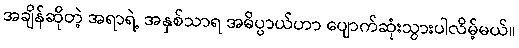
အချိန်ဆိုတဲ့ အရာရဲ့ အနှစ်သာရ အဓိပ္ပာယ်ဟာ ပျောက်ဆုံးသွားပါလိမ့်မယ်။